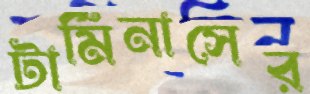
টার্মিনাসের